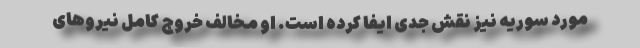
مورد سوریه نیز نقش جدی ایفا کرده است. او مخالف خروج کامل نیروهای